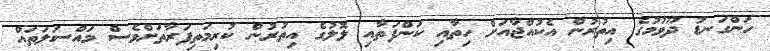
ހަންގަނޑު ދޫވުމުގެ އިތުރުން އެކުއްޖާއަށް ހިތާއި ކަންފަތާއި ލޮލުގެ އިތުރުން ކުރިމަތިފަރާތަށްވެސް މައްސަލަތައް